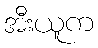
အီးယူက